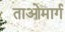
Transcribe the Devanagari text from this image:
ताओमार्ग